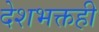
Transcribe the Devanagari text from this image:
देशभक्तही